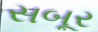
સબૂર